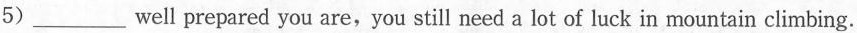
5)____well prepared you are,you still need a lot of luck in mountain climbing.